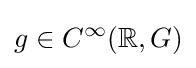
g\in C^{\infty }(\mathbb {R} ,G)